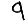
Digit: 9